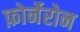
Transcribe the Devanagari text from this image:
फ़ोर्नेरोन